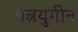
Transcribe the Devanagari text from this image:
प्रत्नयुगीन